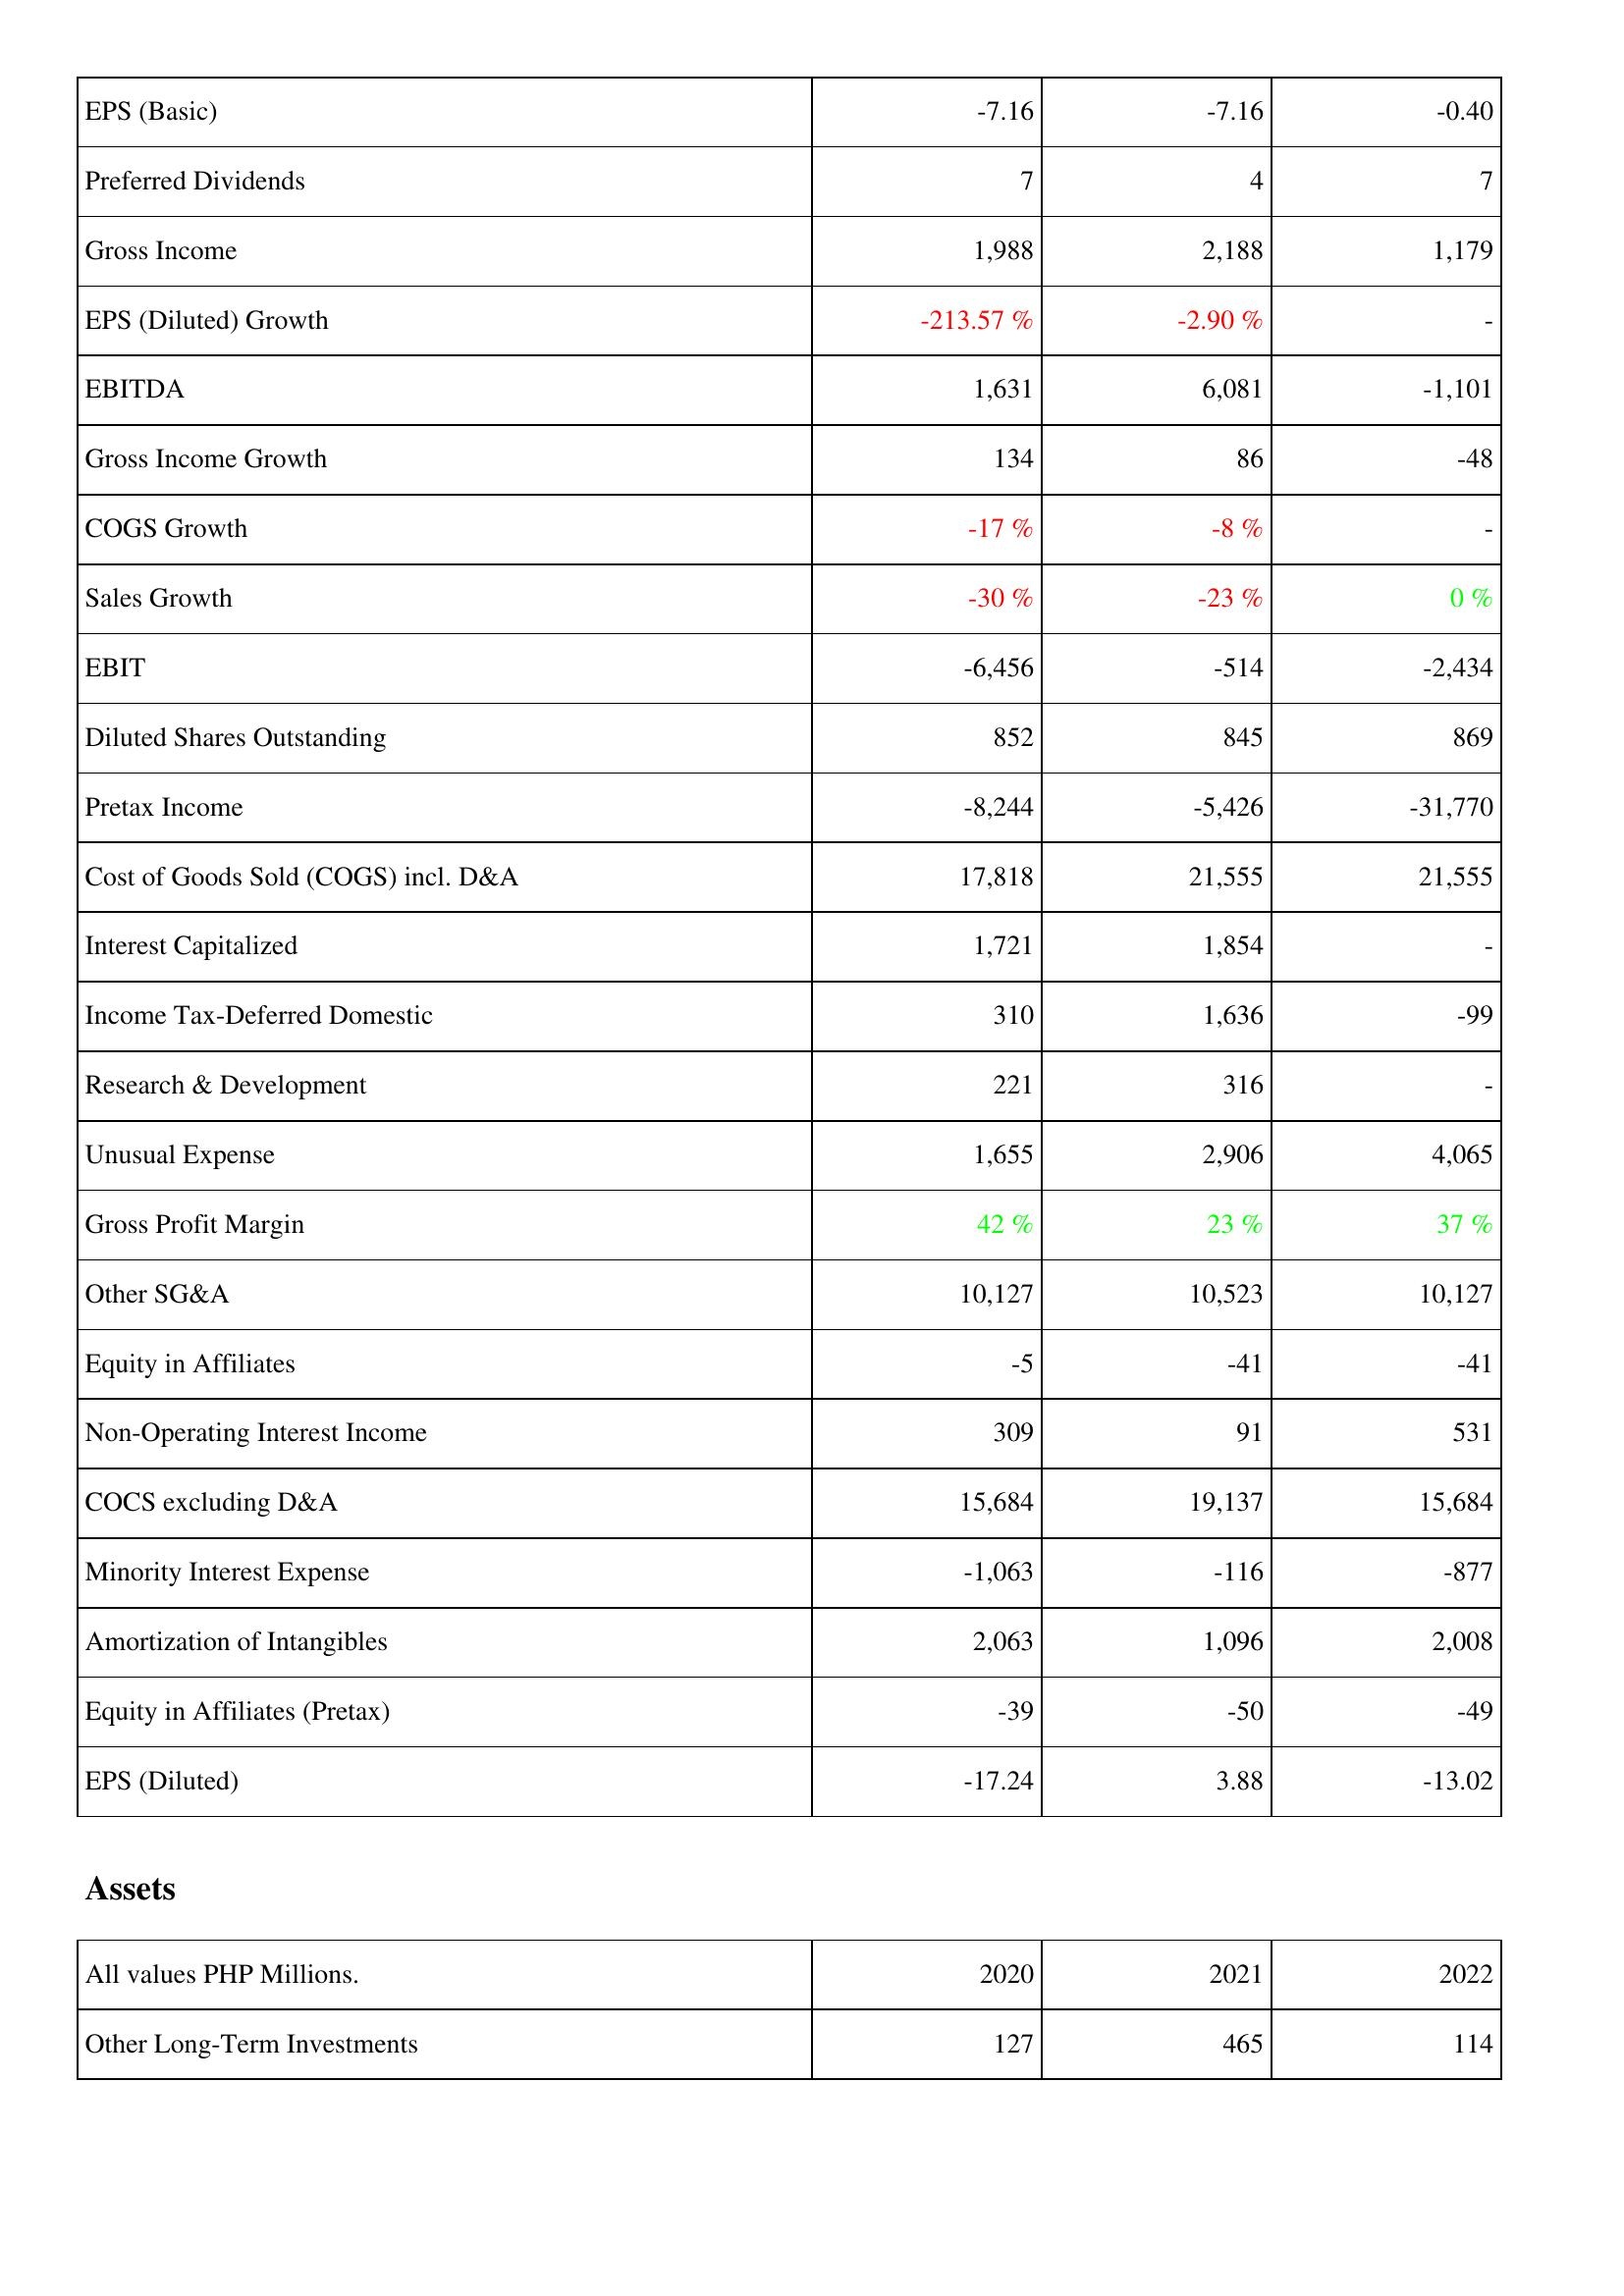
2020: Income Statement: EPS (Basic): -7.16
Preferred Dividends: 7
Gross Income: 1,988
EPS (Diluted) Growth: -213.57 %
EBITDA: 1,631
Gross Income Growth: 134
COGS Growth: -17 %
Sales Growth: -30 %
EBIT: -6,456
Diluted Shares Outstanding: 852
Pretax Income: -8,244
Cost of Goods Sold (COGS) incl. D&A: 17,818
Interest Capitalized: 1,721
Income Tax-Deferred Domestic: 310
Research & Development: 221
Unusual Expense: 1,655
Gross Profit Margin: 42 %
Other SG&A: 10,127
Equity in Affiliates: -5
Non-Operating Interest Income: 309
COCS excluding D&A: 15,684
Minority Interest Expense: -1,063
Amortization of Intangibles: 2,063
Equity in Affiliates (Pretax): -39
EPS (Diluted): -17.24
Assets: Other Long-Term Investments: 127
2021: Income Statement: EPS (Basic): -7.16
Preferred Dividends: 4
Gross Income: 2,188
EPS (Diluted) Growth: -2.90 %
EBITDA: 6,081
Gross Income Growth: 86
COGS Growth: -8 %
Sales Growth: -23 %
EBIT: -514
Diluted Shares Outstanding: 845
Pretax Income: -5,426
Cost of Goods Sold (COGS) incl. D&A: 21,555
Interest Capitalized: 1,854
Income Tax-Deferred Domestic: 1,636
Research & Development: 316
Unusual Expense: 2,906
Gross Profit Margin: 23 %
Other SG&A: 10,523
Equity in Affiliates: -41
Non-Operating Interest Income: 91
COCS excluding D&A: 19,137
Minority Interest Expense: -116
Amortization of Intangibles: 1,096
Equity in Affiliates (Pretax): -50
EPS (Diluted): 3.88
Assets: Other Long-Term Investments: 465
2022: Income Statement: EPS (Basic): -0.40
Preferred Dividends: 7
Gross Income: 1,179
EPS (Diluted) Growth: -
EBITDA: -1,101
Gross Income Growth: -48
COGS Growth: -
Sales Growth: 0 %
EBIT: -2,434
Diluted Shares Outstanding: 869
Pretax Income: -31,770
Cost of Goods Sold (COGS) incl. D&A: 21,555
Interest Capitalized: -
Income Tax-Deferred Domestic: -99
Research & Development: -
Unusual Expense: 4,065
Gross Profit Margin: 37 %
Other SG&A: 10,127
Equity in Affiliates: -41
Non-Operating Interest Income: 531
COCS excluding D&A: 15,684
Minority Interest Expense: -877
Amortization of Intangibles: 2,008
Equity in Affiliates (Pretax): -49
EPS (Diluted): -13.02
Assets: Other Long-Term Investments: 114